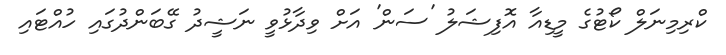
ކްރިމިނަލް ކޯޓުގެ މީޑިއާ އޮފިޝަލު 'ސަން' އަށް ވިދާޅުވީ ނަޝީދު ގޭބަންދުގައި ހުއްޓައި